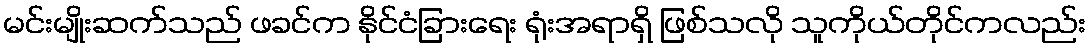
မင်းမျိုးဆက်သည် ဖခင်က နိုင်ငံခြားရေး ရုံးအရာရှိ ဖြစ်သလို သူကိုယ်တိုင်ကလည်း